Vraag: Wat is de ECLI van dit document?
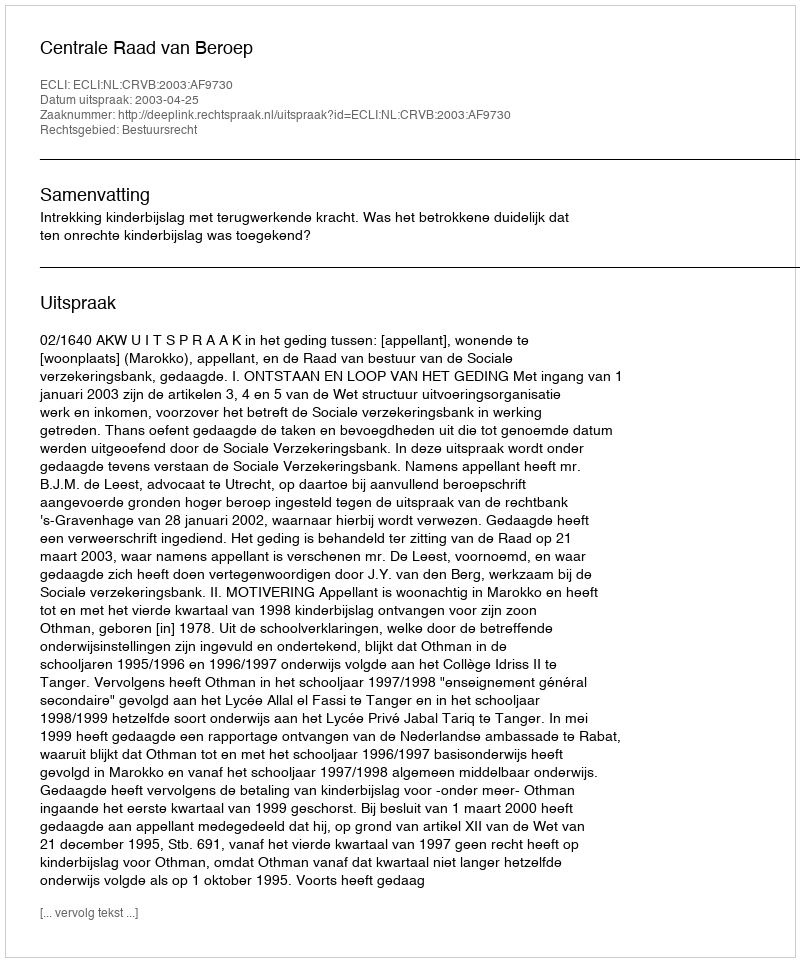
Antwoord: ECLI:NL:CRVB:2003:AF9730